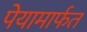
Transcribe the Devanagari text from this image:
पेयामार्फत